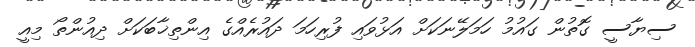
ސިޔާސީ ގޮތުން ގައުމު ހަމަލޭނަކަށް އަޅުވައި ފުރިހަމަ ދައުރެއްގެ އިންތިޚާބަކަށް ދިއުންތޯ މިއީ